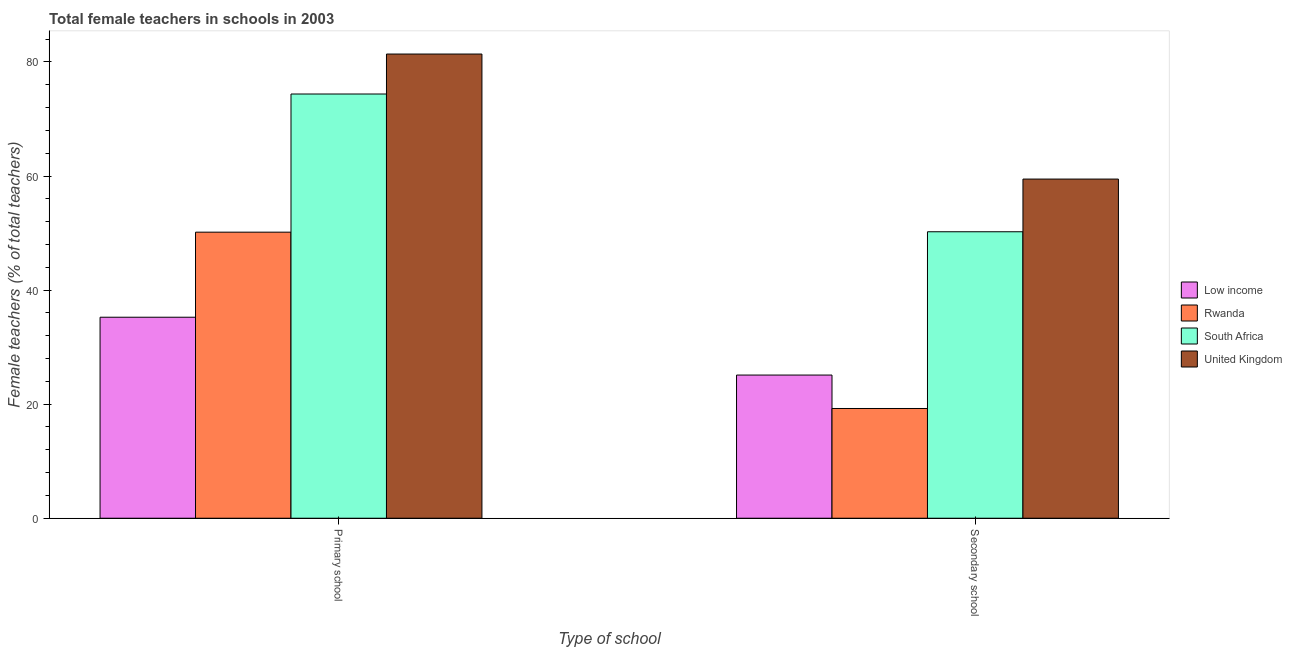
| Type of school | Low income | Rwanda | South Africa | United Kingdom |
 | --- | --- | --- | --- | --- |
 | Primary school | 35.2 | 50.2 | 74.4 | 81.4 |
 | Secondary school | 25.1 | 19.2 | 50.2 | 59.5 |